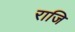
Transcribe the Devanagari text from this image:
राजि